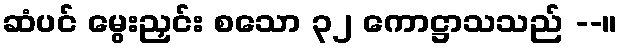
ဆံပင် မွေးညှင်း စသော ၃၂ ကောဋ္ဌာသသည် --။